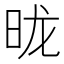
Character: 昽